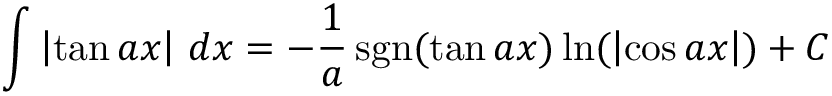
\int \left| \tan { a x } \right| \, d x = - { \frac { 1 } { a } } \operatorname { s g n } ( \tan { a x } ) \ln ( \left| \cos { a x } \right| ) + C